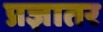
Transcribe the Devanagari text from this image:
प्रज्ञातर